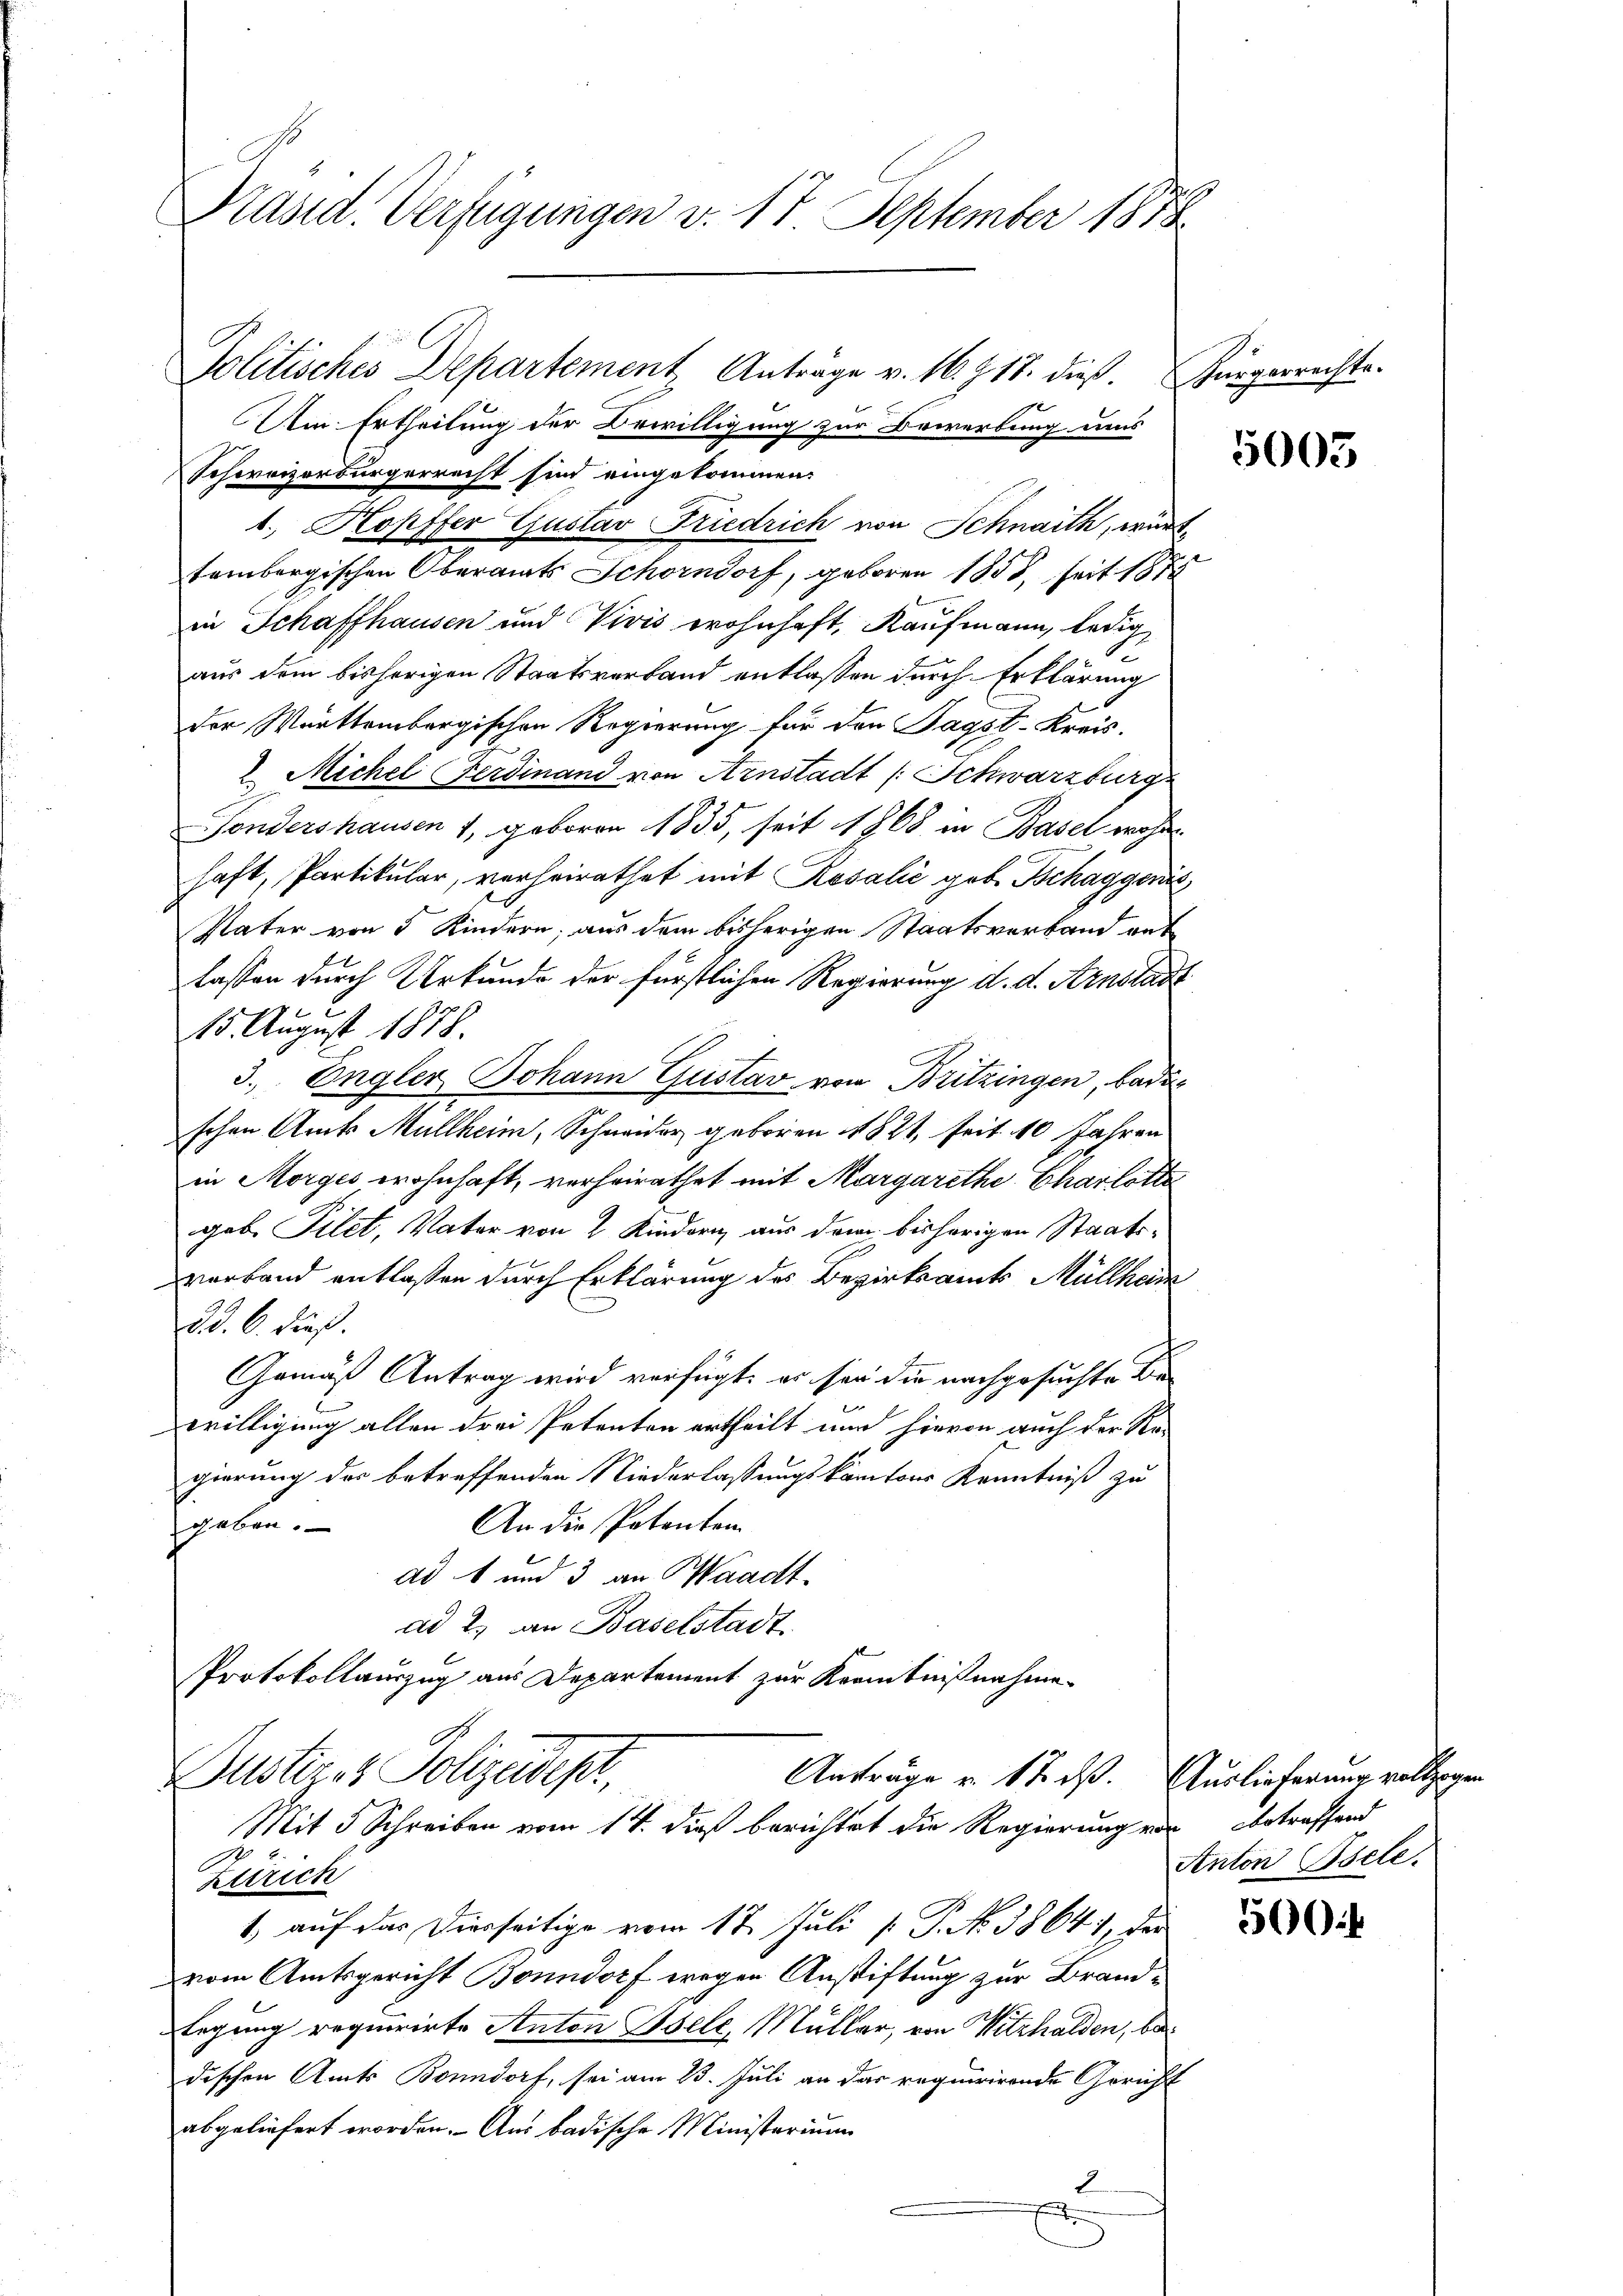
Präsid. Verfügungen v. 17 September 1878

Aem Ertheilung der Bewilligung zur Bewerbung uns
Schweizerbürgerrecht sind eingekommen.
1. Kopffer Gustav Friedrich von Schnaith, württambergischen Oberamts Schorndorf, geboren 1858, seit 1872
in Schaffhausen und Vivis wohnhaft, Kaufmann, ledig
1
aus dem bisherigen Staatsverband entlassen durch Erklärung
der Warttembergischen Regierung für den Tagst-Kreis-
 Michel Ferdinand von Arnstadt (Schwarzburg
Tondershausen 1, geboren 1835, seit 1868 in Basel wohn
haft, Partikular, verheirathet mit Rosalić geb. Tschaggen
Vater von 5 Kindern, aus dem bisherigen Staatsverband gut
lassen durch Urkunde der fürstlichen Regierung d. d. Arnstadt
15. August 1878.
3. Engler Johann Gustav von Britzingen, badi-
schen Amts Müllheim, Schneider geboren 1821, seit 10 Jahren
in Morges wohnhaft, verheirathet mit Margarethe Charlotte
geb. Filet, Vater von 2 Kindern aus dem bisherigen Staatsverband entlaßen durch Erklärung des Bezirksamts Müllheim
d.d. 6. dieß.
Gemäß Antrag wird verfügt, er sei die nachgesuchte Bewilligung allen drei Petenten ertheilt und hievon auch der Re-
gierung des betreffenden Niederlassungskantons Kenntniß zu
An die Patenten
geben.
ad 1 und 3 an Waadt.
ad 2. an Baselstadt.
Protokollauszug aus Departement zur Kenntnißnahme.
Justizes Polizeidepr
Anträge v. 12. dß. Auslieferung vollzogen
Mit 5 Schreiben vom 14. dieß berichtet die Regierung vor betreffend
Zürich
1 auf das Dierseitige vom 17. Juli [ P. No. 1864, de
vom Amtsgericht Bonndorf wegen Anstiftung zur Brand¬
Legung requirirte Anton Isele, Müller, von Witzhalden, bedischen Amts Bonndorf, sei am 23. Juli an das requirirende Gericht
abgeliefert worden. - Aus badische Ministerium
2

Politisches Departement Anträge v. 16. Z 18. dieß. Bürgerrechts-

d

5005

Anton Isele.

500 f